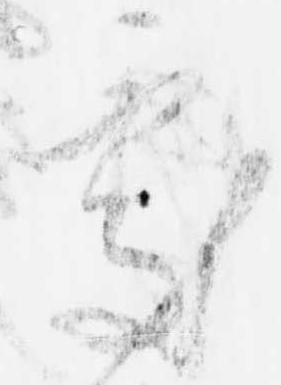
処